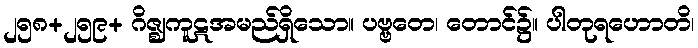
၂၅၈+၂၅၉+ ဂိဇ္ဈကူဋအမည်ရှိသော။ ပဗ္ဗတေ၊ တောင်၌။ ပါတုရဟောတိ၊